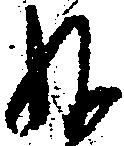
ね